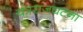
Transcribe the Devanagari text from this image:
यंत्रराजघटना